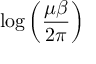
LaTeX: \log \left( \frac { \mu \beta } { 2 \pi } \right)